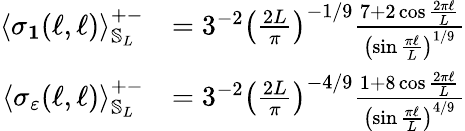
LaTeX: \begin{array}{rl}{\left\langle\sigma_{\mathbf{1}}(\ell,\ell)\right\rangle_{\mathbb{S}_{L}}^{+-}}&{=3^{-2}\left(\frac{2L}{\pi}\right)^{-1/9}\frac{7+2\cos{\frac{2\pi\ell}{L}}}{\left(\sin\frac{\pi\ell}{L}\right)^{1/9}}}\\ {\left\langle\sigma_{\varepsilon}(\ell,\ell)\right\rangle_{\mathbb{S}_{L}}^{+-}}&{=3^{-2}\left(\frac{2L}{\pi}\right)^{-4/9}\frac{1+8\cos{\frac{2\pi\ell}{L}}}{\left(\sin\frac{\pi\ell}{L}\right)^{4/9}}}\end{array}